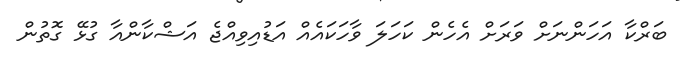
ބަރްކާ އަހަންނަށް ވަރަށް އެހެން ކަހަލަ ވާހަކައެއް އަޑުއިވިއްޖެ އަޝްކާންއާ ގުޅޭ ގޮތުން